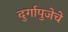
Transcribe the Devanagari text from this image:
दुर्गापुजेचे